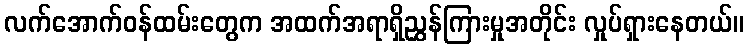
လက်အောက်ဝန်ထမ်းတွေက အထက်အရာရှိညွှန်ကြားမှုအတိုင်း လှုပ်ရှားနေတယ်။